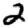
Digit: 2